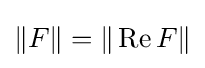
\|F\|=\|\operatorname {Re} F\|